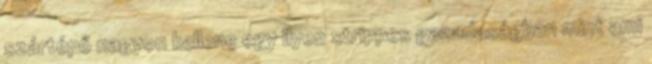
szártépő nagyon kellene egy ilyen strippes gazadaságban mint ami